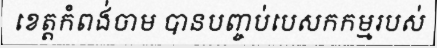
ខេត្តកំពង់ចាម បានបញ្ចប់បេសកកម្មរបស់